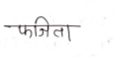
मजकूर: फजिता